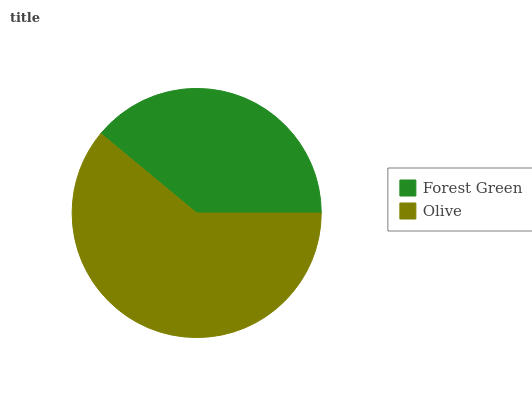
| Forest Green | Olive |
 | --- | --- |
 | 39% | 61% |